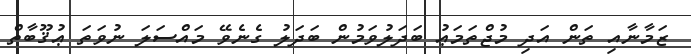
ޒަމާނާއި ތަން އަދި މުޖްތަމަޢު ބަދަލުވަމުން ބަދަލު ގެނެވޭ މައްސަލަ ނުވަތަ ޢުޤޫބާތް